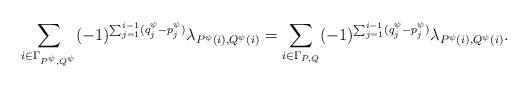
LaTeX: \begin{align*}\sum_{i\in\Gamma_{P^{\psi},Q^{\psi}}}(-1)^{\sum_{j=1}^{i-1}(q_j^{\psi}-p_j^{\psi})}\lambda_{P^{\psi}(i),Q^{\psi}(i)}=\sum_{i\in\Gamma_{P,Q}}(-1)^{\sum_{j=1}^{i-1}(q_j^{\psi}-p_j^{\psi})}\lambda_{P^{\psi}(i),Q^{\psi}(i)}.\end{align*}